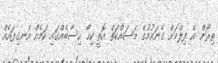
ތިރޯން އެ ފިލްމަށް ގެނައުމުގެ މަސައްކަތް އޮތީ ކިހާ ހިސާބެއްގައި ކަމެއް އެނގިފައެއް